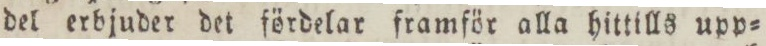
del erbjuder det fördelar framför alla hittills upp=